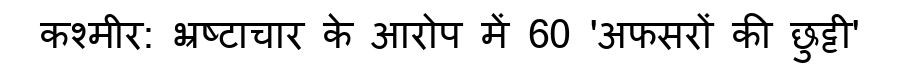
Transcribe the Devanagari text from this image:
कश्मीर: भ्रष्टाचार के आरोप में 60 'अफसरों की छुट्टी'